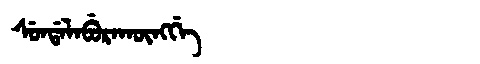
Manchu: ᠰᡠᠨᡩᠠᠯᠠᠪᡠᡵᠠᡴᡡᠩᡤᡝ
Romanization: SUNDALABURAKŪNGGE